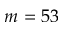
m = 5 3